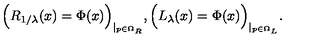
\Big ( R _ { 1 / \lambda } ( x ) = \Phi ( x ) \Big ) _ { \mid _ { p \in \Omega _ { R } } } , \Big ( L _ { \lambda } ( x ) = \Phi ( x ) \Big ) _ { \mid _ { p \in \Omega _ { L } } } .